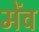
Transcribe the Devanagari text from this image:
मेंव